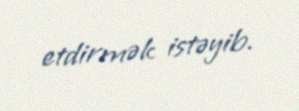
etdirmək istəyib.